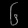
Digit: ၆